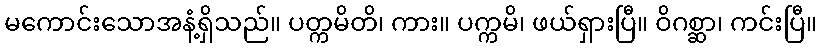
မကောင်းသောအနံ့ရှိသည်။ ပတ္ကမိတိ၊ ကား။ ပက္ကမိ၊ ဖယ်ရှားပြီ။ ဝိဂစ္ဆာ၊ ကင်းပြီ။